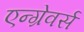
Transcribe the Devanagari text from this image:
एन्ग्रेवर्स